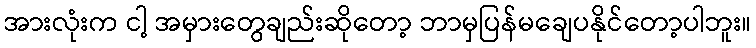
အားလုံးက ငါ့ အမှားတွေချည်းဆိုတော့ ဘာမှပြန်မချေပနိုင်တော့ပါဘူး။